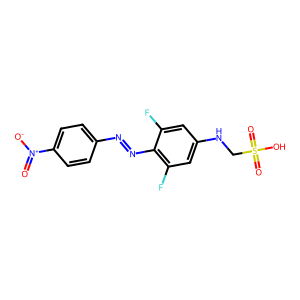
SMILES: O=[N+]([O-])c1ccc(N=Nc2c(F)cc(NCS(=O)(=O)O)cc2F)cc1
Inhibits HIV replication: No